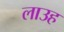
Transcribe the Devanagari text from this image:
लाउह